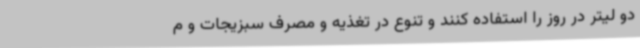
دو لیتر در روز را استفاده کنند و تنوع در تغذیه و مصرف سبزیجات و م